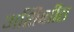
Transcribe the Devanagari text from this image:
अशिक्षीत